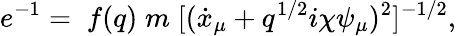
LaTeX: e^{-1}=\; f(q)\; m\; [(\dot{x}_{\mu}+q^{1/2}i\chi\psi_{\mu})^{2}]^{-1/2},